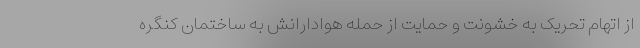
از اتهام تحریک به خشونت و حمایت از حمله هوادارانش به ساختمان کنگره